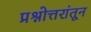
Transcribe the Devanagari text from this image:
प्रश्नोत्तरांतून